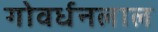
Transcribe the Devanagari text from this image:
गोवर्धनलाल